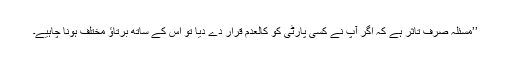
’’مسئلہ صرف تاثر ہے کہ اگر آپ نے کسی پارٹی کو کالعدم قرار دے دیا تو اس کے ساتھ برتاؤ مختلف ہونا چاہیے۔